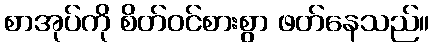
စာအုပ်ကို စိတ်ဝင်စားစွာ ဖတ်နေသည်။